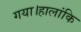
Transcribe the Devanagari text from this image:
गया।हालांकि